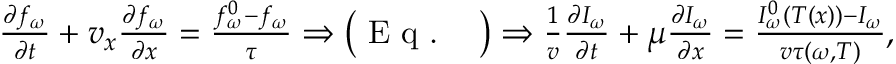
\begin{array} { r } { \frac { \partial f _ { \omega } } { \partial t } + v _ { x } \frac { \partial f _ { \omega } } { \partial x } = \frac { f _ { \omega } ^ { 0 } - f _ { \omega } } { \tau } \Rightarrow \big ( \textrm { E q . ~ } \big ) \Rightarrow \frac { 1 } { v } \frac { \partial I _ { \omega } } { \partial t } + \mu \frac { \partial I _ { \omega } } { \partial x } = \frac { I _ { \omega } ^ { 0 } ( T ( x ) ) - I _ { \omega } } { v \tau ( \omega , T ) } , } \end{array}